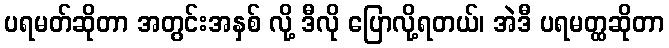
ပရမတ်ဆိုတာ အတွင်းအနှစ် လို့ ဒီလို ပြောလို့ရတယ်၊ အဲဒီ ပရမတ္ထဆိုတာ